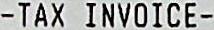
- TAX INVOICE -